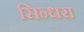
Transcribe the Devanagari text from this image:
सिन्धरा